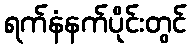
ရက်နံနက်ပိုင်းတွင်